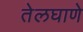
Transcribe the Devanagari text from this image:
तेलघाणे